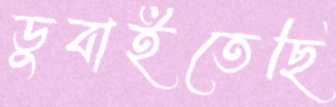
ডুবাইতেছি